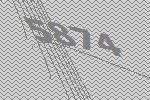
5874